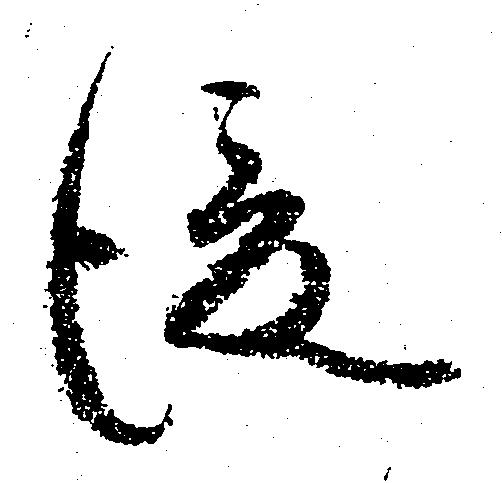
従